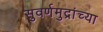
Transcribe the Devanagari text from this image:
सुवर्णमुद्रांच्या